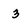
Character: 3